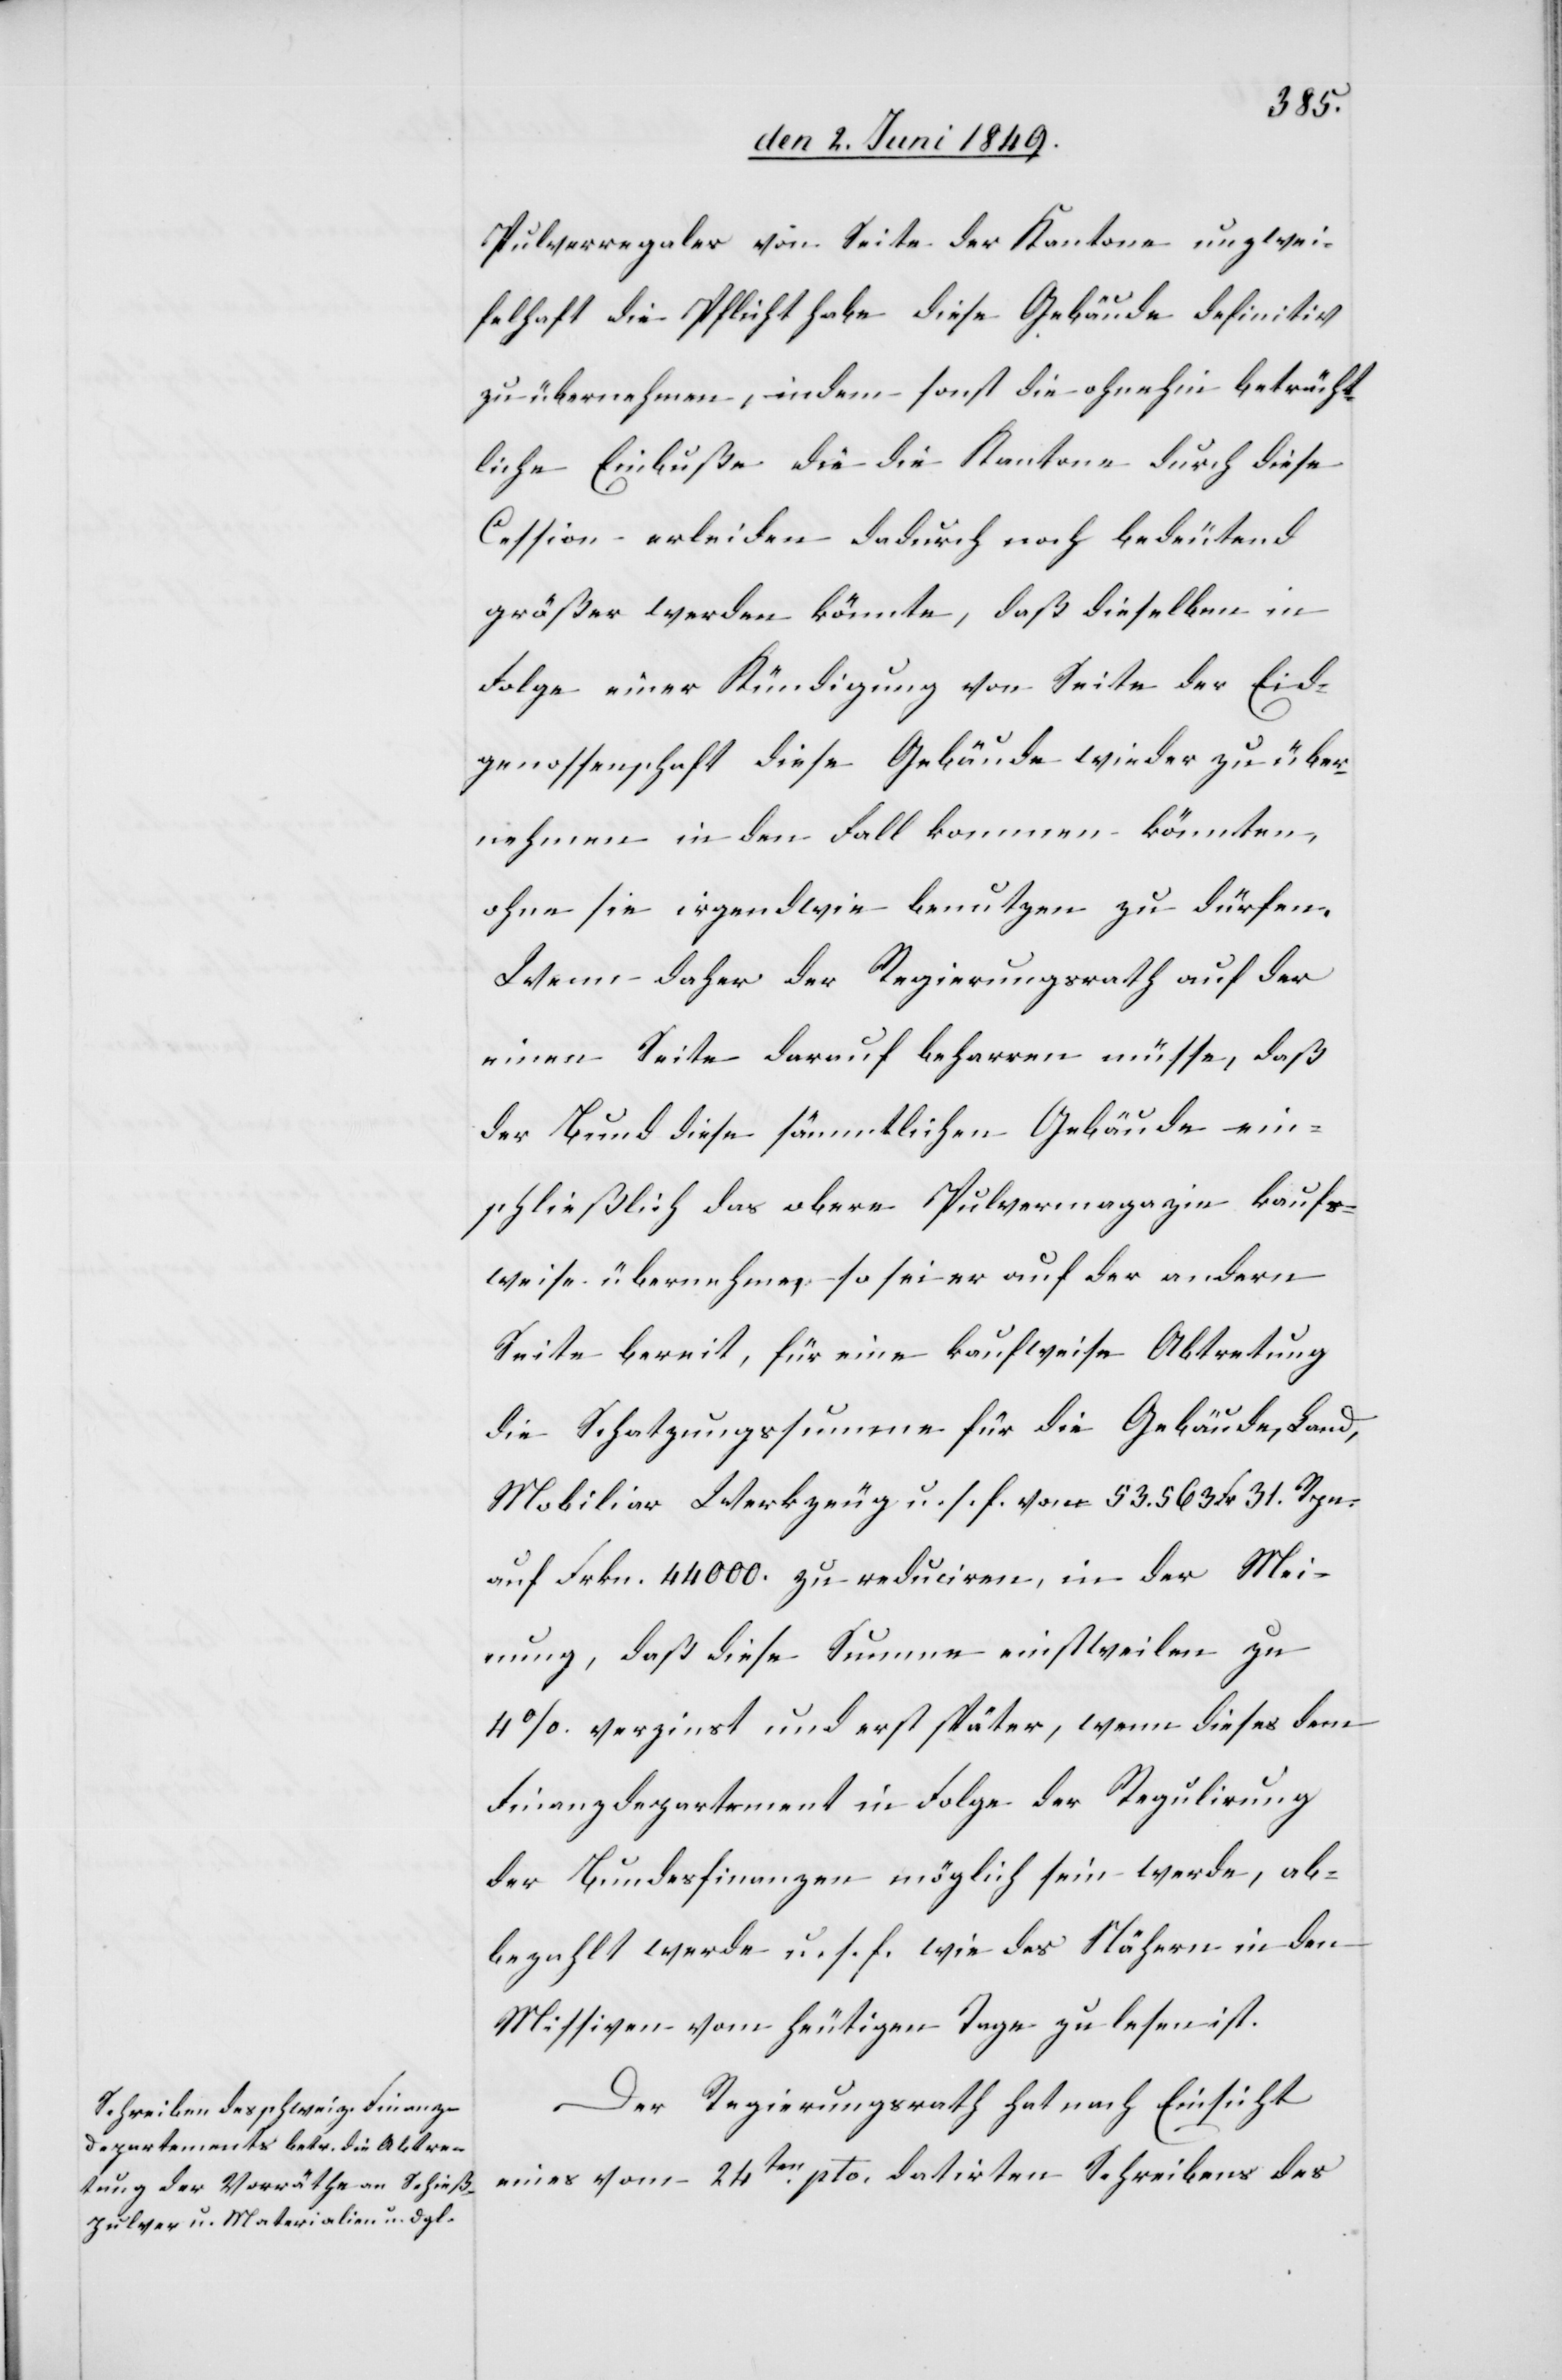
Pulverregales von Seite der Kantone unzwei¬
felhaft die Pflicht habe diese Gebäude definitiv
zu übernehmen, indem sonst die ohnehin beträcht¬
liche Einbuße die die Kantone durch diese
Cession erleiden dadurch noch bedeutend
größer werden könnte, daß dieselben in
Folge einer Kündigung von Seite der Eid¬
genossenschaft diese Gebäude wieder zu über¬
nehmen in den Fall kommen könnten,
ohne sie irgendwie benutzen zu dürfen.
Wenn daher der Regierungsrath auf der
einen Seite darauf beharren müsse, daß
der Bund diese sämmtlichen Gebäude ein¬
schließlich das obere Pulvermagazin kaufs¬
weise übernehme, so sei er auf der andern
Seite bereit, für eine kaufweise Abtretung
die Schatzungssumme für die Gebäude, Land,
Mobiliar Werkzeug u. s. f. von 53.563 Fr. 31. Rpn.
auf Frkn. 4400. zu reduciren, in der Mei¬
nung, daß diese Summe einstweilen zu
4% verzinst und erst später, wenn dieses dem
Finanzdepartement in Folge der Regulirung
der Bundesfinanzen möglich sein werde, ab¬
bezahlt werde u. s. f. wie des Nähern in den
Missiven vom heutigen Tage zu lesen ist.
Der Regierungsrath hat nach Einsicht
eines vom 24ten pto. datirten Schreibens des